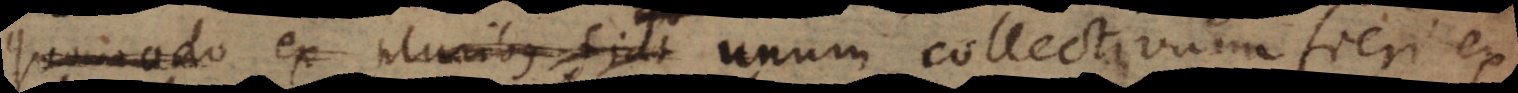
quomodo ex pluribus fiat unum collectivum fieri ex